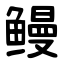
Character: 鳗